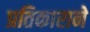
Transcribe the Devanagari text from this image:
प्रतिकाराने